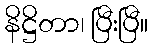
နိဋ္ဌိတာ၊ ပြီးပြီ။